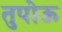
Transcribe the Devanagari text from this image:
तुपोऊ